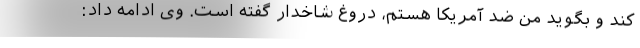
کند و بگوید من ضد آمریکا هستم، دروغ شاخدار گفته است. وی ادامه داد: